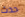
حدث